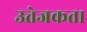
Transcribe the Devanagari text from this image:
उत्तेजकता